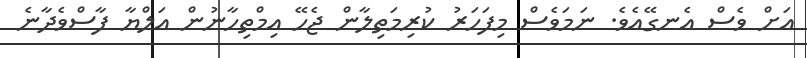
އަށް ވެސް އެނގޭއެވެ. ނަމަވެސް މިފަހަރު ކުރިމަތިލާން ޖެހޭ އިމްތިހާނުން އަލްޔާ ފާސްވެދާނެ